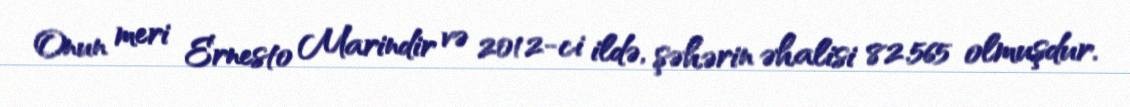
Onun meri Ernesto Marindir və 2012-ci ildə, şəhərin əhalisi 82.565 olmuşdur.